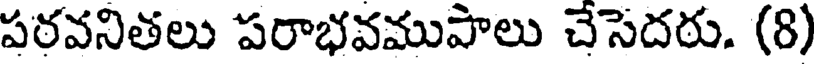
పరవనితలు పరాభవముపాలు చేసెదరు. (8)